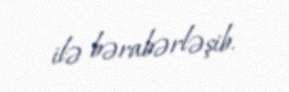
ilə bərabərləşib.